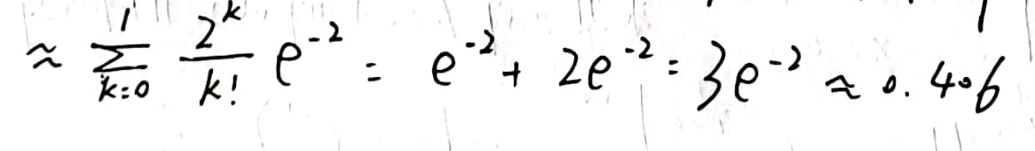
\[\approx \sum_{k = 0}^{1} \frac{2^{k}}{k!} e^{-2}=e^{-2}+2e^{-2}=3e^{-2}\approx 0.406\]